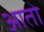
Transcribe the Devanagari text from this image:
आताे